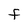
Character: F